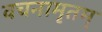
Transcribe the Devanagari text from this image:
वचनामृतम्